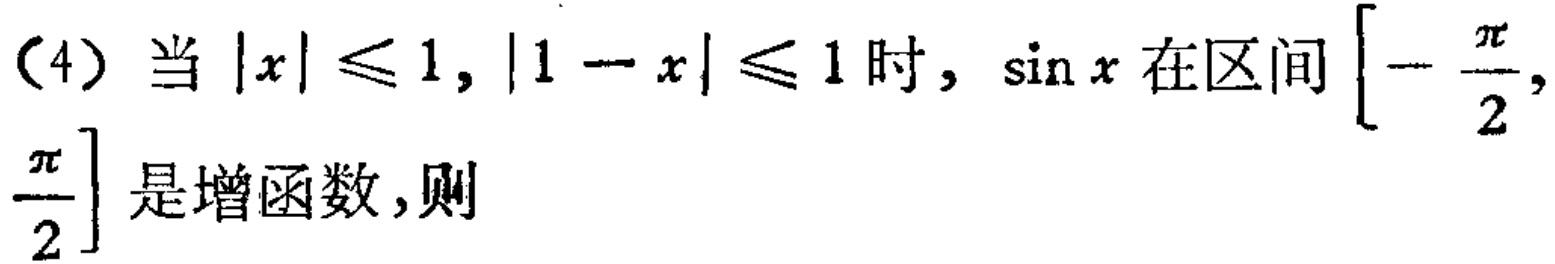
（4）当\(\vert x\vert\leqslant 1, \vert 1 - x\vert\leqslant 1\)时，\(\sin x\)在区间\(\left[-\frac{\pi}{2}, \frac{\pi}{2}\right]\)是增函数，则